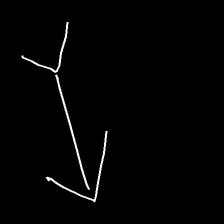
Glyph: gather